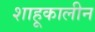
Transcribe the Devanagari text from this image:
शाहूकालीन